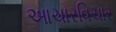
આચારવિચાર